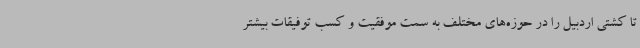
تا کشتی اردبیل را در حوزه‌های مختلف به سمت موفقیت و کسب توفیقات بیشتر